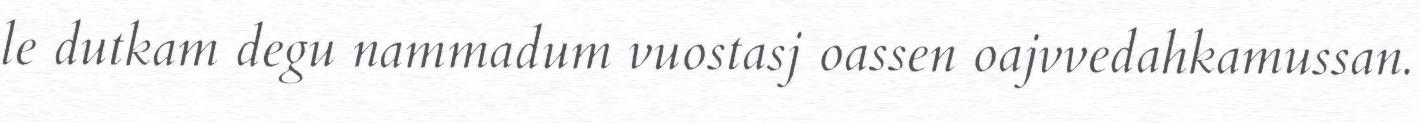
le dutkam degu nammadum vuostasj oassen oajvvedahkamussan.